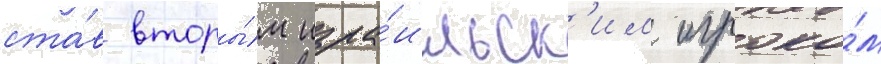
ста́в вторы́м изра́ильск'им игроко́м